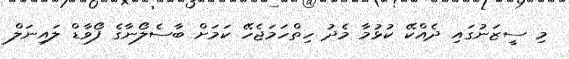
މި ސީޒަނުގައި ދެއްކޭ ކުޅުމާ މެދު ހިތްހަމަޖެހޭ ކަމަށް ބާސެލޯނާގެ ފޯވާޑް ލައިނަލް